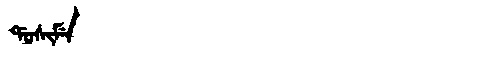
Manchu: ᡩᠣᠰᡳᠮᡝ
Romanization: DOSIME